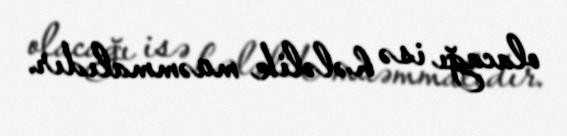
olacağı isə hələlik müəmmalıdır.